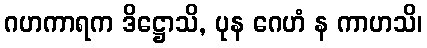
ဂဟကာရက ဒိဋ္ဌောသိ, ပုန ဂေဟံ န ကာဟသိ၊